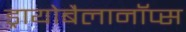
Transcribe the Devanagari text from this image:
ड्रायोबैलानॉप्स